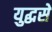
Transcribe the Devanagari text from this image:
युद्धसे